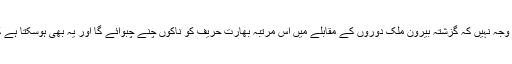
اگر بھارت اس کارکردگی کا تسلسل قائم رکھنے میں کامیاب رہا تو کوئی وجہ نہیں کہ گزشتہ بیرون ملک دوروں کے مقابلے میں اس مرتبہ بھارت حریف کو ناکوں چنے چبوائے گا اور یہ بھی ہوسکتا ہے کہ آسٹریلیا کے میدانوں پر ملنے والی گزشتہ ہزیمتوں کے داغ دھل جائیں۔